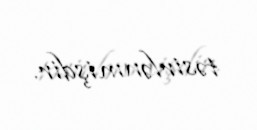
təsirlənmişdir.